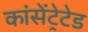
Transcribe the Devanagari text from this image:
कांसेंट्रेटेड